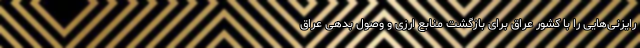
رایزنی‌هایی را با کشور عراق برای بازگشت منابع ارزی و وصول بدهی عراق